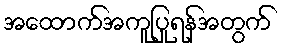
အထောက်အကူပြုရန်အတွက်